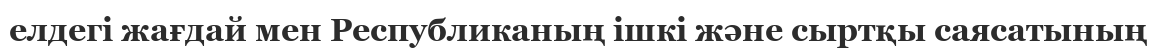
елдегі жағдай мен Республиканың ішкі және сыртқы саясатының